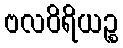
ဗလဝိရိယဉ္စ